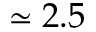
\simeq 2 . 5